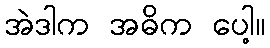
အဲဒါက အဓိက ပေါ့။